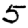
Digit: 5